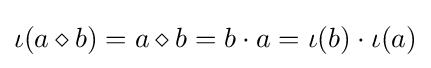
\iota (a\diamond b)=a\diamond b=b\cdot a=\iota (b)\cdot \iota (a)